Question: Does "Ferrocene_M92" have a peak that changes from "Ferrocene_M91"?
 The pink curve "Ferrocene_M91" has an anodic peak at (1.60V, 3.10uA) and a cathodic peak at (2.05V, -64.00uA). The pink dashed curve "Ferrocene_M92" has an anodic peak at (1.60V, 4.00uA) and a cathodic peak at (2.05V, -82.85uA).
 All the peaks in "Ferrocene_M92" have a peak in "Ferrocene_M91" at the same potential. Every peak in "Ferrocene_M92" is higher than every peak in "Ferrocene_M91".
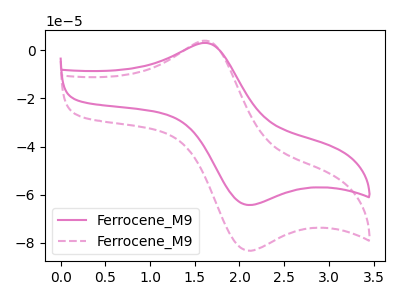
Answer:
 <answer>No, "Ferrocene_M92" and "Ferrocene_M91" don't appear to be significantly different in shape</answer>
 <eval>no_change</eval>